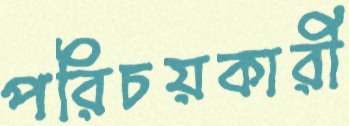
পরিচয়কারী